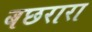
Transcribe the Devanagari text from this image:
बछरारा